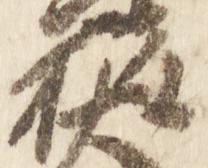
権